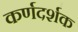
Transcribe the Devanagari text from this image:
कर्णदर्शक